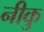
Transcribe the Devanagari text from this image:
नीकु